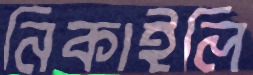
নিকাইলি